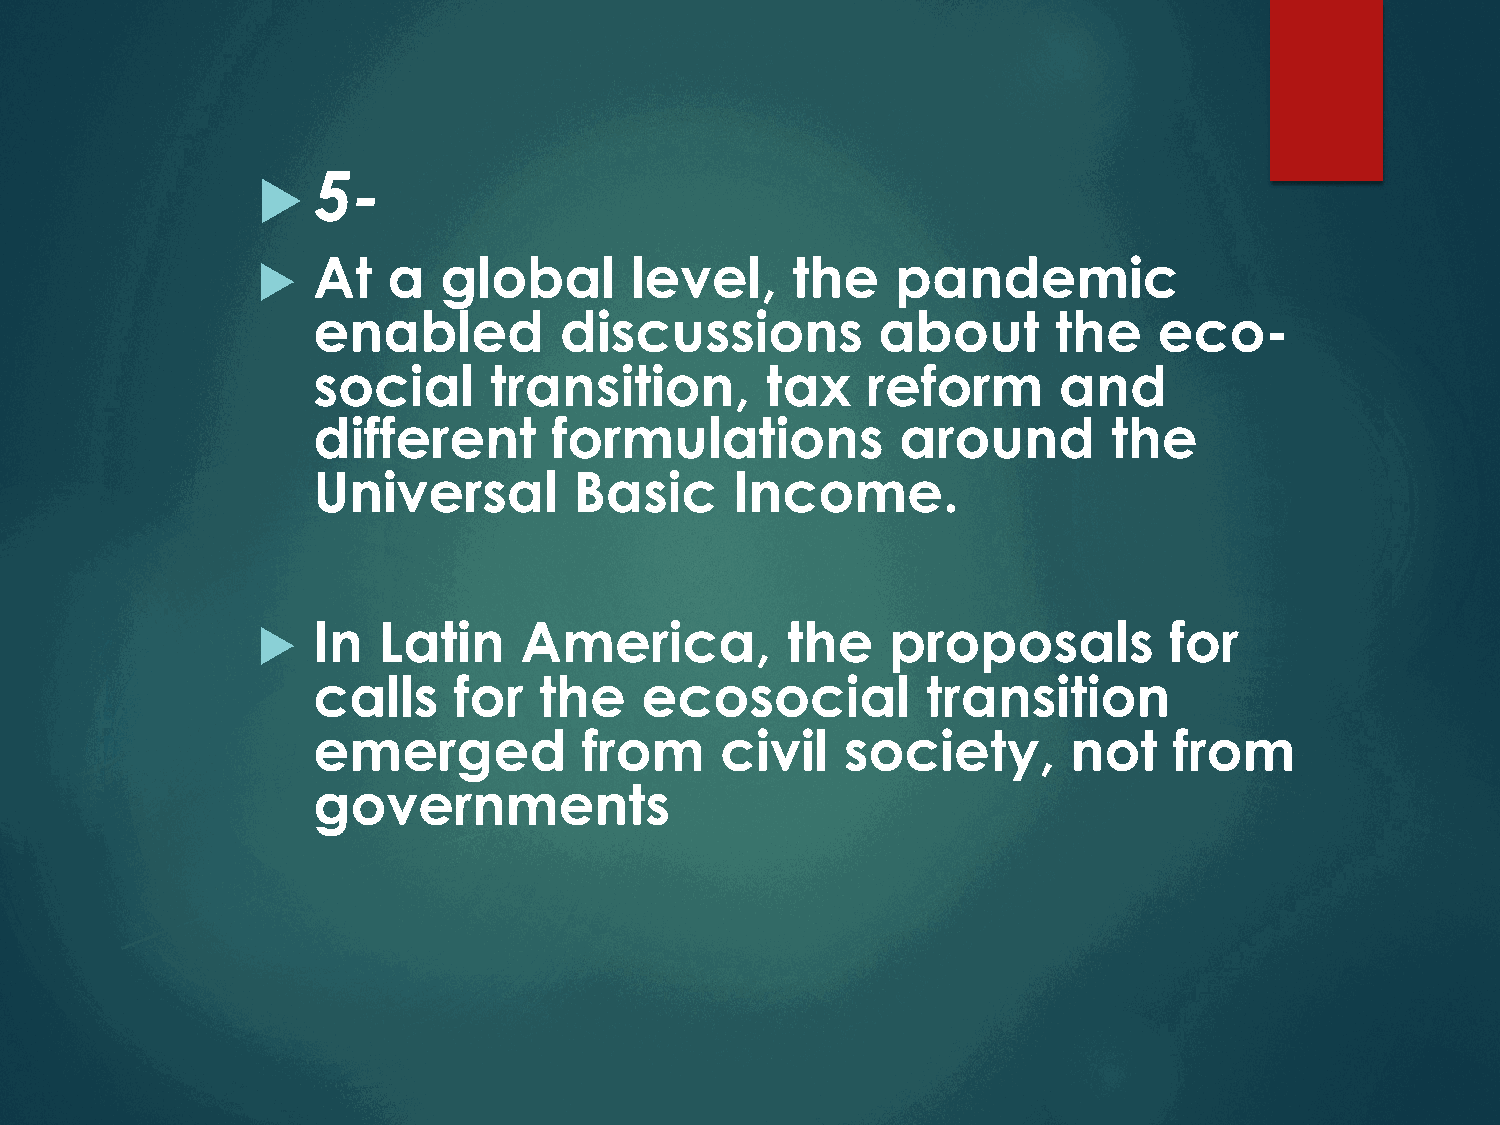
5-
 u
 At   a  global       level,    the    pandemic
 u
 enabled         discussions          about       the    eco-
 social     transition,        tax   reform       and
 different       formulations           around        the
 Universal        Basic      Income.
 In  Latin    America,          the    proposals         for
 u
 calls    for   the   ecosocial          transition
 emerged           from     civil   society,       not    from
 governments